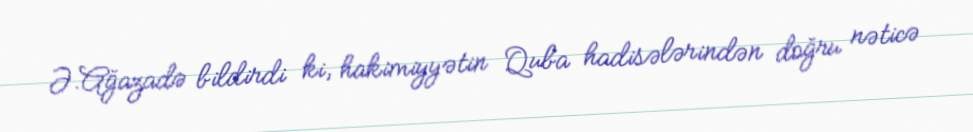
Ə.Ağazadə bildirdi ki, hakimiyyətin Quba hadisələrindən doğru nəticə